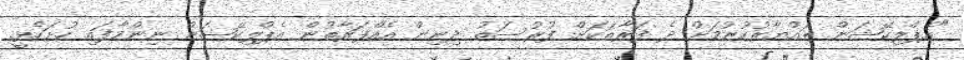
"އެޕްލިކޭޝަން ތައްޔާރުކުރުމަށް ދެ ފަރާތަކަށް ފުރުސަތު ދިނިން އެއްފަރާތުން އެޕްލިކޭޝަން ނިންމާފައި ހުށަހެޅީ.